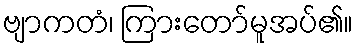
ဗျာကတံ၊ ကြားတော်မူအပ်၏။